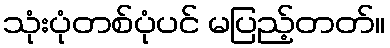
သုံးပုံတစ်ပုံပင် မပြည့်တတ်။